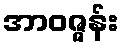
အာဝဇ္ဇန်း